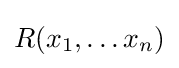
R(x_{1},\ldots x_{n})